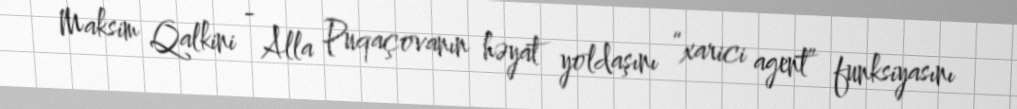
Maksim Qalkini - Alla Puqaçovanın həyat yoldaşını “xarici agent” funksiyasını